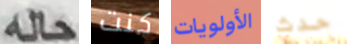
حله كنت الأولويات حدث